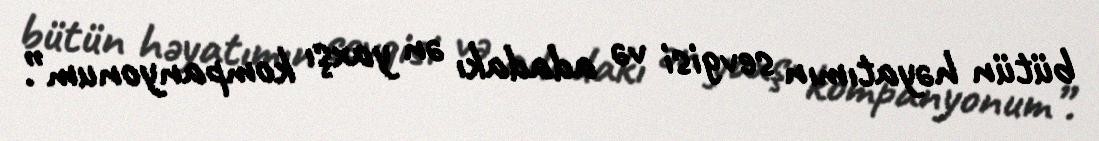
bütün həyatımın sevgisi və adadakı ən yaxşı kompanyonum”.